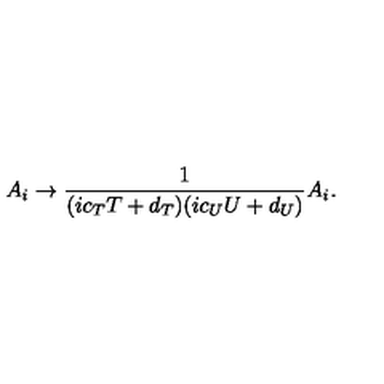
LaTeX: A _ { i } \rightarrow { \frac { 1 } { ( i c _ { T } T + d _ { T } ) ( i c _ { U } U + d _ { U } ) } } A _ { i } .